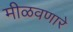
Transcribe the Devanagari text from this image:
मीळवणारे